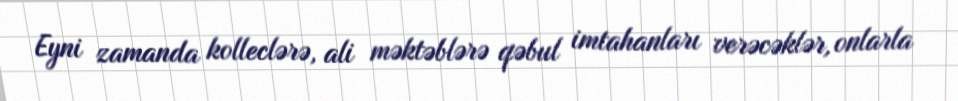
Eyni zamanda kolleclərə, ali məktəblərə qəbul imtahanları verəcəklər, onlarla